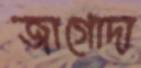
জাগোদা